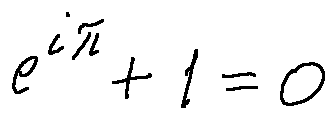
e ^ { i \pi } + 1 = 0